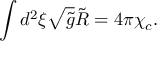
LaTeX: \int { d ^ { 2 } } \xi \sqrt { \tilde { g } } \tilde { R } = 4 \pi { \chi _ { c } } .